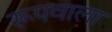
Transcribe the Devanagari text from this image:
रूपवाला